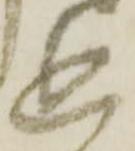
追